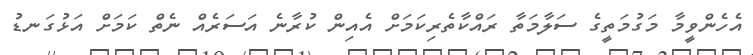
އެހެންވީމާ މަގުމަތީގެ ސަލާމަތާ ރައްކާތެރިކަމަށް އެއިން ކުރާނެ އަސަރެއް ނެތް ކަމަށް އަޅުގަނޑު